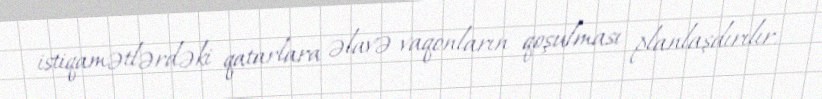
istiqamətlərdəki qatarlara əlavə vaqonların qoşulması planlaşdırılır.